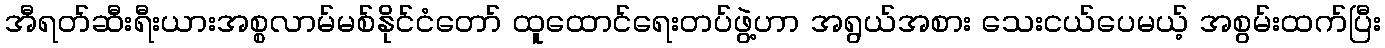
အီရတ်ဆီးရီးယားအစ္စလာမ်မစ်နိုင်ငံတော် ထူထောင်ရေးတပ်ဖွဲ့ဟာ အရွယ်အစား သေးငယ်ပေမယ့် အစွမ်းထက်ပြီး